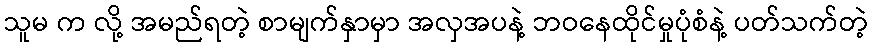
သူမ က လို့ အမည်ရတဲ့ စာမျက်နှာမှာ အလှအပနဲ့ ဘဝနေထိုင်မှုပုံစံနဲ့ ပတ်သက်တဲ့